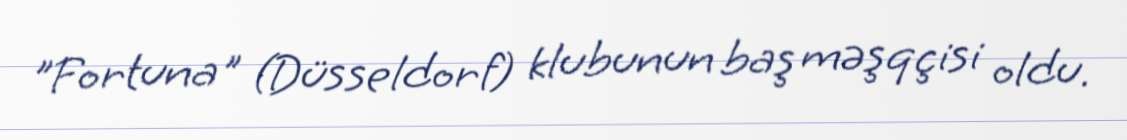
"Fortuna" (Düsseldorf) klubunun baş məşqçisi oldu.